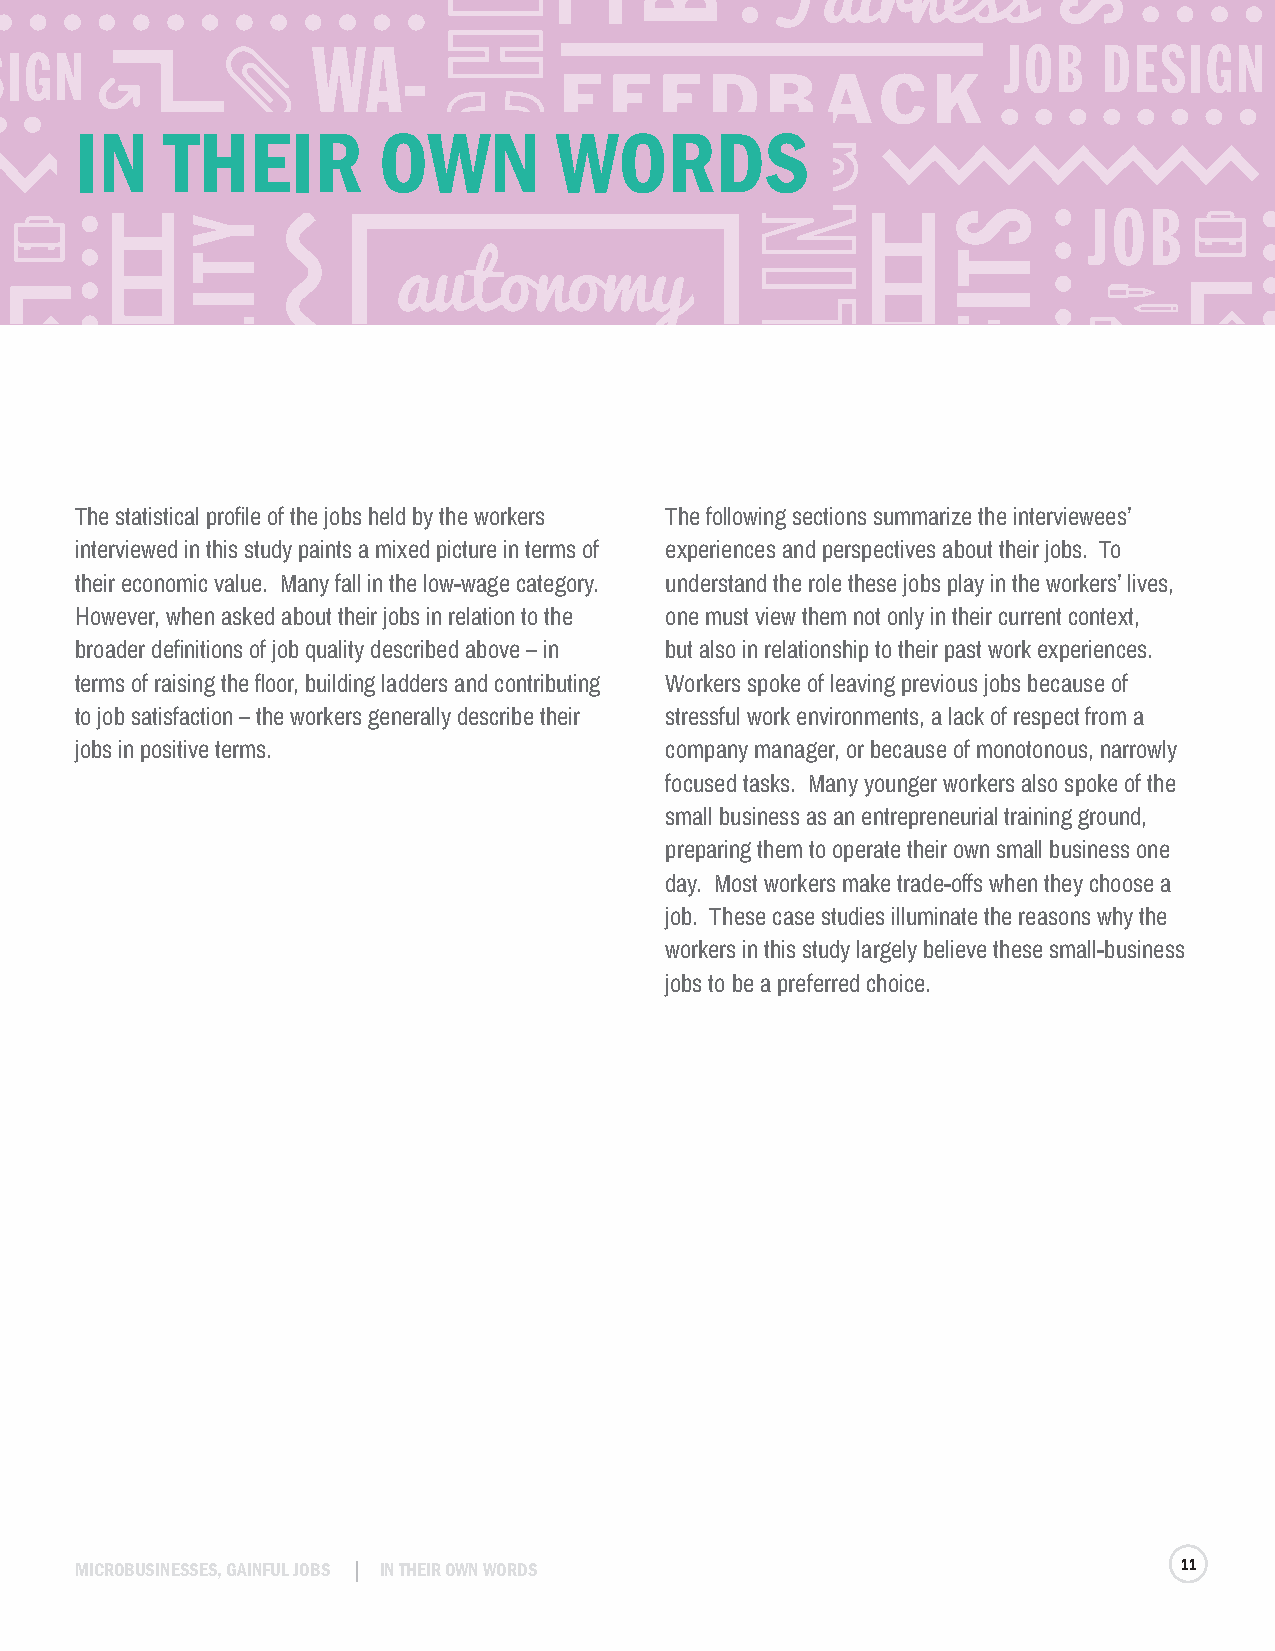
IN    THEIR         OWN         WORDS
 The statistical profile of the jobs held by the workers The following sections summarize the interviewees’
 interviewed in this study paints a mixed picture in terms of experiences and perspectives about their jobs. To
 their economic value. Many fall in the low-wage category. understand the role these jobs play in the workers’ lives,
 However, when asked about their jobs in relation to the one must view them not only in their current context,
 broader definitions of job quality described above – in but also in relationship to their past work experiences.
 terms of raising the floor, building ladders and contributing Workers spoke of leaving previous jobs because of
 to job satisfaction – the workers generally describe their stressful work environments, a lack of respect from a
 jobs in positive terms.                company manager, or because of monotonous, narrowly
 focused tasks. Many younger workers also spoke of the
 small business as an entrepreneurial training ground,
 preparing them to operate their own small business one
 day. Most workers make trade-offs when they choose a
 job. These case studies illuminate the reasons why the
 workers in this study largely believe these small-business
 jobs to be a preferred choice.
 MICROBUSINESSES, GAINFUL JOBS IN THEIR OWN WORDS                         11